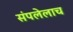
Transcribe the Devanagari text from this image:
संपलेलाच